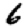
Digit: 6